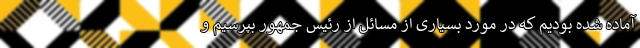
آماده شده بودیم که در مورد بسیاری از مسائل از رئیس جمهور بپرسیم و